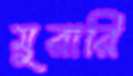
মুরারি